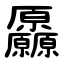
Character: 厵